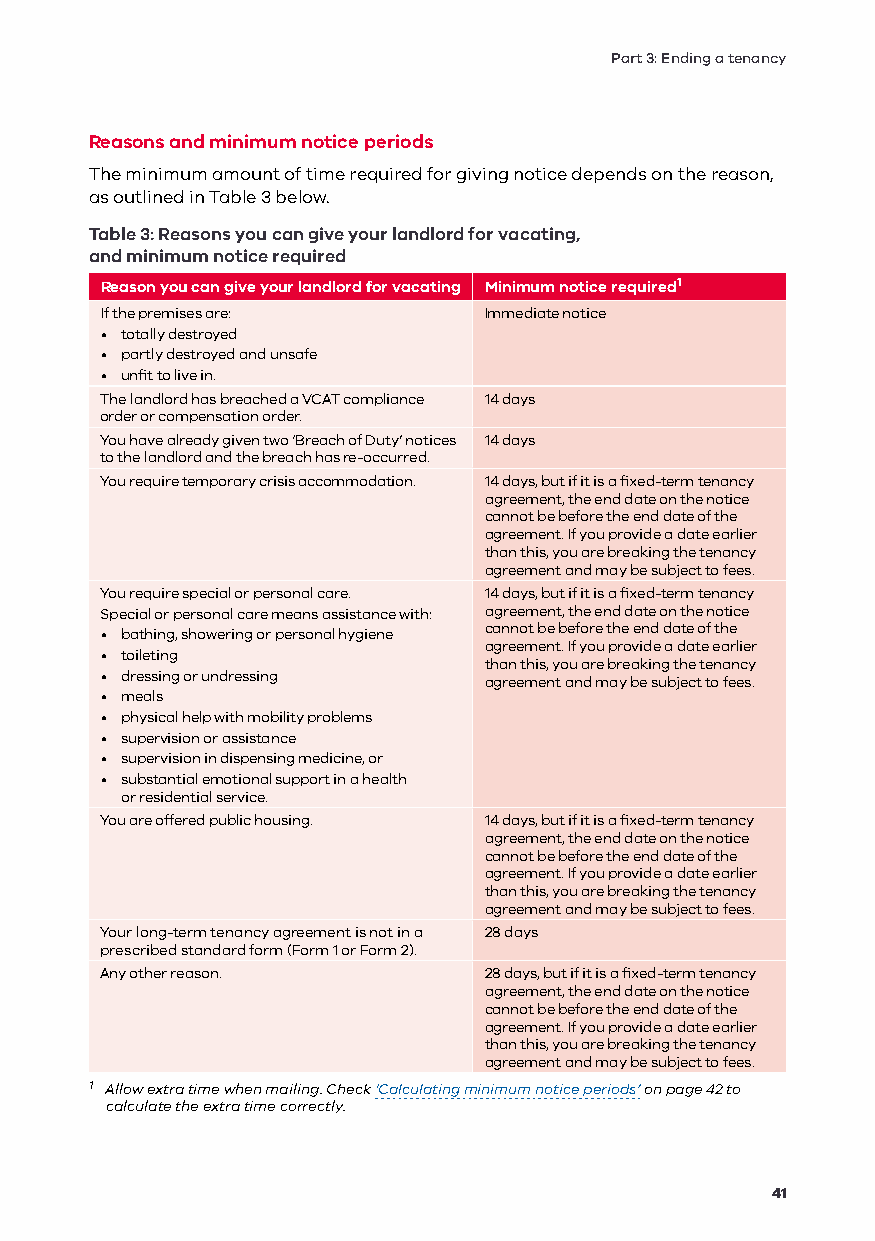
Part 3: Ending a tenancy
 Reasons and minimum notice periods
 The minimum amount of time required for giving notice depends on the reason,
 as outlined in Table 3 below.
 Table 3: Reasons you can give your landlord for vacating,
 and minimum notice required
 Reason you can give your landlord for vacating Minimum notice required1
 If the premises are:     Immediate notice
 • totally destroyed
 • partly destroyed and unsafe
 • unfit to live in.
 The landlord has breached a VCAT compliance 14 days
 order or compensation order.
 You have already given two ‘Breach of Duty’ notices 14 days
 to the landlord and the breach has re-occurred.
 You require temporary crisis accommodation. 14 days, but if it is a fixed-term tenancy
 agreement, the end date on the notice
 cannot be before the end date of the
 agreement. If you provide a date earlier
 than this, you are breaking the tenancy
 agreement and may be subject to fees.
 You require special or personal care. 14 days, but if it is a fixed-term tenancy
 Special or personal care means assistance with: agreement, the end date on the notice
 • bathing, showering or personal hygiene cannot be before the end date of the
 agreement. If you provide a date earlier
 • toileting
 than this, you are breaking the tenancy
 • dressing or undressing agreement and may be subject to fees.
 • meals
 • physical help with mobility problems
 • supervision or assistance
 • supervision in dispensing medicine, or
 • substantial emotional support in a health
 or residential service.
 You are offered public housing. 14 days, but if it is a fixed-term tenancy
 agreement, the end date on the notice
 cannot be before the end date of the
 agreement. If you provide a date earlier
 than this, you are breaking the tenancy
 agreement and may be subject to fees.
 Your long-term tenancy agreement is not in a 28 days
 prescribed standard form (Form 1 or Form 2).
 Any other reason.        28 days, but if it is a fixed-term tenancy
 agreement, the end date on the notice
 cannot be before the end date of the
 agreement. If you provide a date earlier
 than this, you are breaking the tenancy
 agreement and may be subject to fees.
 1 Allow extra time when mailing. Check ‘Calculating minimum notice periods’ on page 42 to
 calculate the extra time correctly.
 41